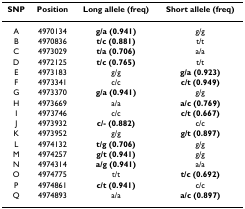
| SNP | Position | Long allele (freq) | Short allele (freq) |
 | --- | --- | --- | --- |
 | A | 4970134 | g/a (0.941) | g/g |
 | B | 4970836 | t/c (0.881) | t/t |
 | C | 4973029 | t/a (0.706) | a/a |
 | D | 4972125 | t/c (0.765) | t/t |
 | E | 4973183 | g/g | g/a (0.923) |
 | F | 4973341 | c/c | c/t (0.949) |
 | G | 4973370 | g/a (0.941) | g/g |
 | H | 4973669 | a/a | a/c (0.769) |
 | I | 4973746 | c/c | c/t (0.667) |
 | J | 4973932 | c/- (0.882) | c/c |
 | K | 4973952 | g/g | g/t (0.897) |
 | L | 4974132 | t/g (0.706) | g/g |
 | M | 4974257 | g/t (0.941) | g/g |
 | N | 4974314 | a/g (0.941) | a/a |
 | O | 4974775 | t/t | t/c (0.692) |
 | P | 4974861 | c/t (0.941) | c/c |
 | Q | 4974893 | a/a | a/c (0.897) |